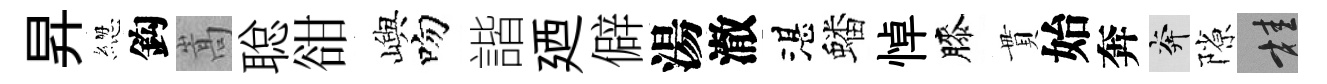
昇緫鈎嵩聪𧮳嶼吻諧廼僻湯澈湛蟠悼膝貫始奔奔隙桂